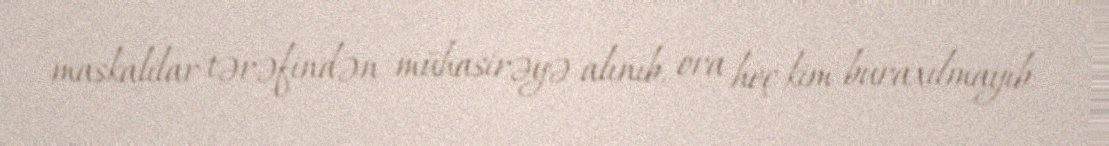
maskalılar tərəfindən mühasirəyə alınıb, ora heç kim buraxılmayıb.